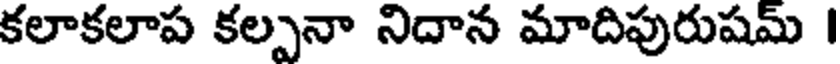
కలాకలాప కల్పనా నిదాన మాదిపురుషమ్ I